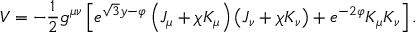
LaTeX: V = - \frac { 1 } { 2 } g ^ { \mu \nu } \left[ e ^ { \sqrt { 3 } y - \varphi } \left( J _ { \mu } + \chi K _ { \mu } \right) \left( J _ { \nu } + \chi K _ { \nu } \right) + e ^ { - 2 \varphi } K _ { \mu } K _ { \nu } \right] .